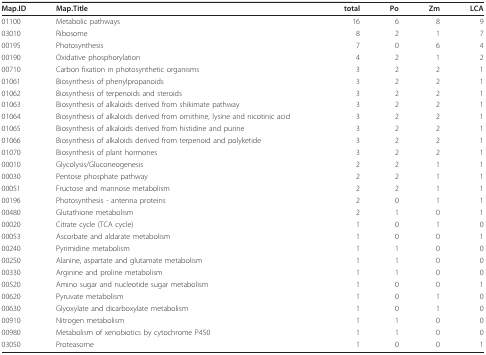
<table><thead><tr><td><b>Map.ID</b></td><td><b>Map.Title</b></td><td><b>total</b></td><td><b>Po</b></td><td><b>Zm</b></td><td><b>LCA</b></td></tr></thead><tbody><tr><td>01100</td><td>Metabolic pathways</td><td>16</td><td>6</td><td>8</td><td>9</td></tr><tr><td>03010</td><td>Ribosome</td><td>8</td><td>2</td><td>1</td><td>7</td></tr><tr><td>00195</td><td>Photosynthesis</td><td>7</td><td>0</td><td>6</td><td>4</td></tr><tr><td>00190</td><td>Oxidative phosphorylation</td><td>4</td><td>2</td><td>1</td><td>2</td></tr><tr><td>00710</td><td>Carbon fixation in photosynthetic organisms</td><td>3</td><td>2</td><td>2</td><td>1</td></tr><tr><td>01061</td><td>Biosynthesis of phenylpropanoids</td><td>3</td><td>2</td><td>2</td><td>1</td></tr><tr><td>01062</td><td>Biosynthesis of terpenoids and steroids</td><td>3</td><td>2</td><td>2</td><td>1</td></tr><tr><td>01063</td><td>Biosynthesis of alkaloids derived from shikimate pathway</td><td>3</td><td>2</td><td>2</td><td>1</td></tr><tr><td>01064</td><td>Biosynthesis of alkaloids derived from ornithine, lysine and nicotinic acid</td><td>3</td><td>2</td><td>2</td><td>1</td></tr><tr><td>01065</td><td>Biosynthesis of alkaloids derived from histidine and purine</td><td>3</td><td>2</td><td>2</td><td>1</td></tr><tr><td>01066</td><td>Biosynthesis of alkaloids derived from terpenoid and polyketide</td><td>3</td><td>2</td><td>2</td><td>1</td></tr><tr><td>01070</td><td>Biosynthesis of plant hormones</td><td>3</td><td>2</td><td>2</td><td>1</td></tr><tr><td>00010</td><td>Glycolysis/Gluconeogenesis</td><td>2</td><td>2</td><td>1</td><td>1</td></tr><tr><td>00030</td><td>Pentose phosphate pathway</td><td>2</td><td>2</td><td>1</td><td>1</td></tr><tr><td>00051</td><td>Fructose and mannose metabolism</td><td>2</td><td>2</td><td>1</td><td>1</td></tr><tr><td>00196</td><td>Photosynthesis - antenna proteins</td><td>2</td><td>0</td><td>1</td><td>1</td></tr><tr><td>00480</td><td>Glutathione metabolism</td><td>2</td><td>1</td><td>0</td><td>1</td></tr><tr><td>00020</td><td>Citrate cycle (TCA cycle)</td><td>1</td><td>0</td><td>1</td><td>0</td></tr><tr><td>00053</td><td>Ascorbate and aldarate metabolism</td><td>1</td><td>0</td><td>0</td><td>1</td></tr><tr><td>00240</td><td>Pyrimidine metabolism</td><td>1</td><td>1</td><td>0</td><td>0</td></tr><tr><td>00250</td><td>Alanine, aspartate and glutamate metabolism</td><td>1</td><td>1</td><td>0</td><td>0</td></tr><tr><td>00330</td><td>Arginine and proline metabolism</td><td>1</td><td>1</td><td>0</td><td>0</td></tr><tr><td>00520</td><td>Amino sugar and nucleotide sugar metabolism</td><td>1</td><td>0</td><td>0</td><td>1</td></tr><tr><td>00620</td><td>Pyruvate metabolism</td><td>1</td><td>0</td><td>1</td><td>0</td></tr><tr><td>00630</td><td>Glyoxylate and dicarboxylate metabolism</td><td>1</td><td>0</td><td>1</td><td>0</td></tr><tr><td>00910</td><td>Nitrogen metabolism</td><td>1</td><td>1</td><td>0</td><td>0</td></tr><tr><td>00980</td><td>Metabolism of xenobiotics by cytochrome P450</td><td>1</td><td>1</td><td>0</td><td>0</td></tr><tr><td>03050</td><td>Proteasome</td><td>1</td><td>0</td><td>0</td><td>1</td></tr></tbody></table>